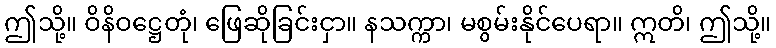
ဤသို့။ ဝိနိဝဋ္ဌေတုံ၊ ဖြေဆိုခြင်းငှာ။ နသက္ကာ၊ မစွမ်းနိုင်ပေရာ။ ဣတိ၊ ဤသို့။